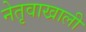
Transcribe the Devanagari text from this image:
नेतृवाखाली